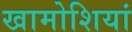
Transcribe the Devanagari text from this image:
खामोशियां